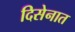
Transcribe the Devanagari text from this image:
दिसेनात